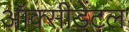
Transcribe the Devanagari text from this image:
ऑक्‍सीडेंटल